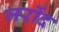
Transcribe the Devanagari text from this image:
जर्रोद